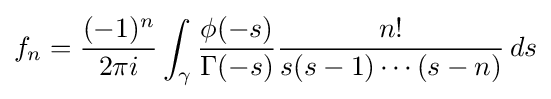
f_{n}={\frac {(-1)^{n}}{2\pi i}}\int _{\gamma }{\frac {\phi (-s)}{\Gamma (-s)}}{\frac {n!}{s(s-1)\cdots (s-n)}}\,ds